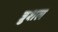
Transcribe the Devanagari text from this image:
त्रुशल